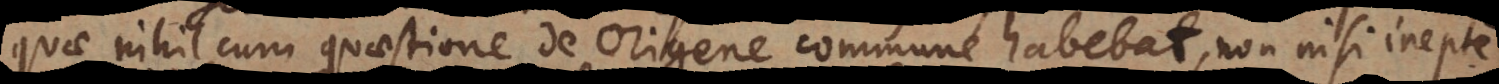
quae nihil cum quaestione de Origene commune habebat, non nisi inepte